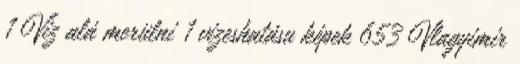
1 Víz alá merülni 1 vizeshatásu képek 653 Vlagyimir